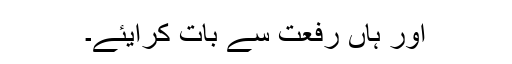
اور ہاں رفعت سے بات کرایئے۔